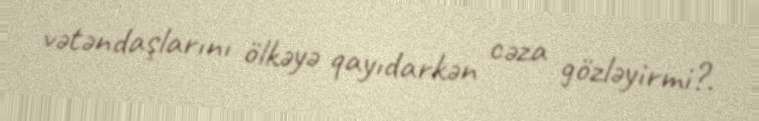
vətəndaşlarını ölkəyə qayıdarkən cəza gözləyirmi?.